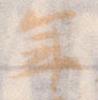
年